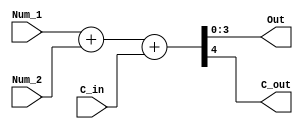
module Four_bit_adder (Num_1, Num_2, C_in, Out, C_out);
	input wire [3:0] Num_1,Num_2;
	input wire C_in;
	output wire [3:0] Out;
	output wire C_out;
	
	wire [4:0]sum;
	assign  sum  = Num_1+Num_2+C_in;
	assign C_out = sum[4];
	assign Out =sum[3:0];
	
endmodule